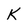
Character: K